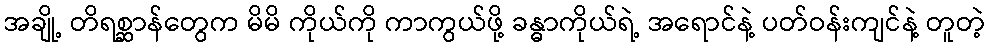
အချို့ တိရစ္ဆာန်တွေက မိမိ ကိုယ်ကို ကာကွယ်ဖို့ ခန္ဓာကိုယ်ရဲ့ အရောင်နဲ့ ပတ်ဝန်းကျင်နဲ့ တူတဲ့